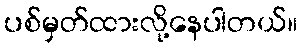
ပစ်မှတ်ထားလို့နေပါတယ်။